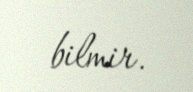
bilmir.